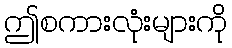
ဤစကားလုံးများကို